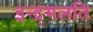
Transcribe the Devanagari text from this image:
इन्द्र्मलति